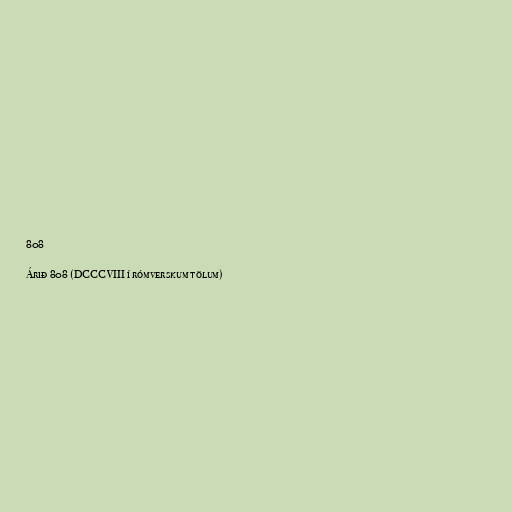
808

Árið 808 (DCCCVIII í rómverskum tölum)